Burma Government Medical School reports 1907-22
Year: 1907
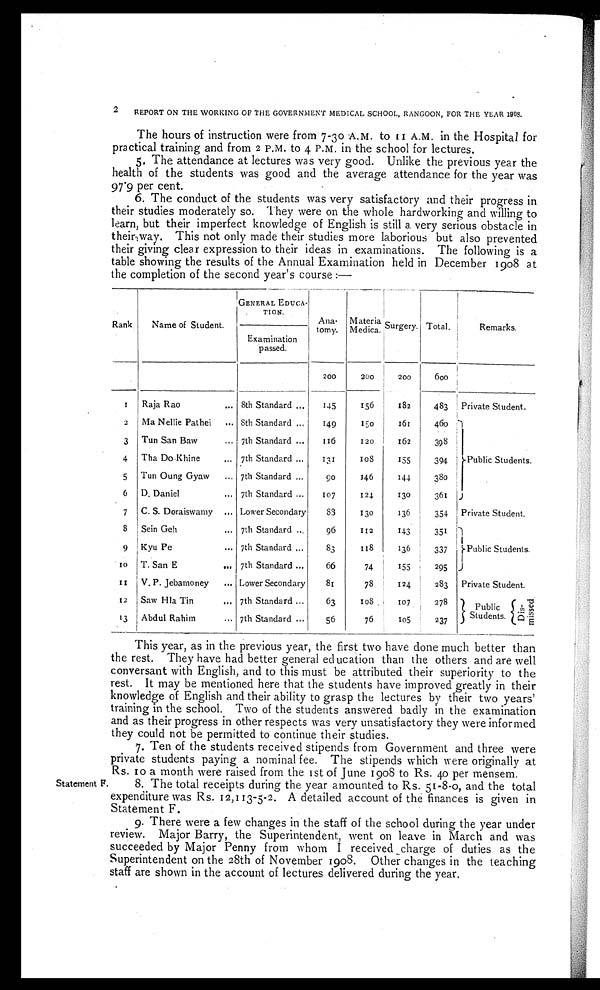
2
REPORT ON THE WORKING OF THE GOVERNMENT MEDICAL SCHOOL, RANGOON, FOR THE YEAR 1908.
The hours of instruction were from 7- 3 0 A.M. to 11 A.M. in the Hospital for
practical training and from 2 P.M. to 4 P.M. in the school for lectures.
5. The attendance at lectures was very good. Unlike the previous year the
health of the students was good and the average attendance for the year was
97.9 per cent.
6. The conduct of the students was very satisfactory and their progress in
their studies moderately so. They were on the whole hardworking and willing to
learn, but their imperfect knowledge of English is still a very serious obstacle in
their way. This not only made their studies more laborious but also prevented
their giving clear expression to their ideas in examinations. The following is a
table showing the results of the Annual Examination held in December 1908 at
the completion of the second year's course :—
Rank
Name of Student.
GENERAL EDUCA-
TION.
Ana-
tomy.
Materia
Medica. Surgery. Total.
Remarks.
Examination
passed.
200
200
200
600
1
Raja Rao
. . . 8th Standard ...
145
156
182
483 Private Student.
2
Ma Nellie Pathei
. . . 8th Standard ...
149
150
161
460
Public Students.
3 Tun San Baw
. . . 7th Standard ...
116
120
1 62
398
4
Tha Do Khine
. . . 7th Standard ...
131
1 0 8
155
394
5
Tun Oung Gyaw
. . . 7th Standard ...
90
146
144
380
6
D. Daniel
. . . 7th Standard ...
107
124
130
361
7
C. S. Doraiswamy
. . . Lower Secondary
83
130
136
354 Private Student.
8
Sein Geh
. . . 7th Standard ...
96
112
143
351
Public Students.
9 Kyu Pe
. . .
7th Standard ...
83
118
136
337
1 0
T. San E
. . . 7th Standard ...
66
74
155
295
1 1
V. P. Jebamoney
. . . Lower Secondary
81
78
124
283
Private Student.
12
Saw Hla Tin
. . . 7th Standard ...
63
108
107
278
Public
Students.
D i s -
m i s s e d .
13
Abdul Rahim
. . . 7th Standard ...
56
76
105
237
This year, as in the previous year, the first two have done much better than
the rest. They have had better general education than the others and are well
conversant with English, and to this must be attributed their superiority to the
rest. It may be mentioned here that the students have improved greatly in their
knowledge of English and their ability to grasp the lectures by their two years'
training in the school. Two of the students answered badly in the examination
and as their progress in other respects was very unsatisfactory they were informed
they could not be permitted to continue their studies.
7. Ten of the students received stipends from Government and three were
private students paying a nominal fee. The stipends which were originally at
Rs. 10 a month were raised from the 1st of June 1908 to Rs. 40 per mensem.
Statement F. 8. The total receipts during the year amounted to Rs. 51-8-0, and the total
expenditure was Rs. 12,113-5-2. A detailed account of the finances is given in
Statement F.
9. There were a few changes in the staff of the school during the year under
review. Major Barry, the Superintendent, went on leave in March and was
succeeded by Major Penny from whom I received charge of duties as the
Superintendent on the 28th of November 1908. Other changes in the teaching
staff are shown in the account of lectures delivered during the year.